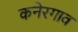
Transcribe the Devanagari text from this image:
कनेरगाव